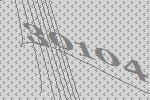
30104